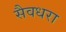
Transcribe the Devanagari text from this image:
सैवधरा